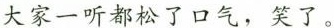
大家一听都松了口气，笑了。